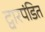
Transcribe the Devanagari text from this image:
द्वारपंडित